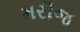
મરીજ